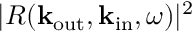
| R ( { \bf k } _ { \mathrm { o u t } } , { \bf k } _ { \mathrm { i n } } , \omega ) | ^ { 2 }